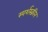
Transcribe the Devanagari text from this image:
स्पर्शस्क्रीन